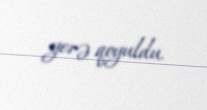
yerə qoyuldu.